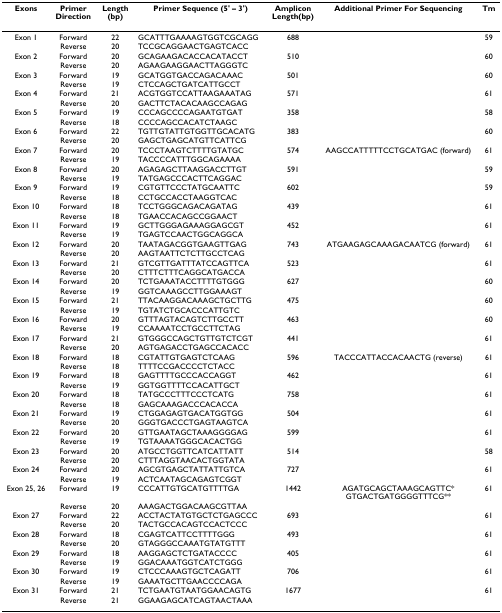
<table><thead><tr><td><b>Exons</b></td><td><b>Primer Direction</b></td><td><b>Length (bp)</b></td><td><b>Primer Sequence (5&#x27; – 3&#x27;)</b></td><td><b>Amplicon Length(bp)</b></td><td><b>Additional Primer For Sequencing</b></td><td><b>Tm</b></td></tr></thead><tbody><tr><td>Exon 1</td><td>Forward</td><td>22</td><td>GCATTTGAAAAGTGGTCGCAGG</td><td>688</td><td></td><td>59</td></tr><tr><td></td><td>Reverse</td><td>20</td><td>TCCGCAGGAACTGAGTCACC</td><td></td><td></td><td></td></tr><tr><td>Exon 2</td><td>Forward</td><td>20</td><td>GCAGAAGACACCACATACCT</td><td>510</td><td></td><td>60</td></tr><tr><td></td><td>Reverse</td><td>20</td><td>AGAAGAAGGAACTTAGGGTC</td><td></td><td></td><td></td></tr><tr><td>Exon 3</td><td>Forward</td><td>19</td><td>GCATGGTGACCAGACAAAC</td><td>501</td><td></td><td>60</td></tr><tr><td></td><td>Reverse</td><td>19</td><td>CTCCAGCTGATCATTGCCT</td><td></td><td></td><td></td></tr><tr><td>Exon 4</td><td>Forward</td><td>21</td><td>ACGTGGTCCATTAAGAAATAG</td><td>571</td><td></td><td>61</td></tr><tr><td></td><td>Reverse</td><td>20</td><td>GACTTCTACACAAGCCAGAG</td><td></td><td></td><td></td></tr><tr><td>Exon 5</td><td>Forward</td><td>19</td><td>CCCAGCCCCAGAATGTGAT</td><td>358</td><td></td><td>58</td></tr><tr><td></td><td>Reverse</td><td>18</td><td>CCCCAGCCACATCTAAGC</td><td></td><td></td><td></td></tr><tr><td>Exon 6</td><td>Forward</td><td>22</td><td>TGTTGTATTGTGGTTGCACATG</td><td>383</td><td></td><td>60</td></tr><tr><td></td><td>Reverse</td><td>20</td><td>GAGCTGAGCATGTTCATTCG</td><td></td><td></td><td></td></tr><tr><td>Exon 7</td><td>Forward</td><td>20</td><td>TCCCTAAGTCTTTTGTATGC</td><td>574</td><td>AAGCCATTTTTCCTGCATGAC (forward)</td><td>61</td></tr><tr><td></td><td>Reverse</td><td>19</td><td>TACCCCATTTGGCAGAAAA</td><td></td><td></td><td></td></tr><tr><td>Exon 8</td><td>Forward</td><td>20</td><td>AGAGAGCTTAAGGACCTTGT</td><td>591</td><td></td><td>59</td></tr><tr><td></td><td>Reverse</td><td>19</td><td>TATGAGCCCACTTCAGGAC</td><td></td><td></td><td></td></tr><tr><td>Exon 9</td><td>Forward</td><td>19</td><td>CGTGTTCCCTATGCAATTC</td><td>602</td><td></td><td>59</td></tr><tr><td></td><td>Reverse</td><td>18</td><td>CCTGCCACCTAAGGTCAC</td><td></td><td></td><td></td></tr><tr><td>Exon 10</td><td>Forward</td><td>18</td><td>TCCTGGGCAGACAGATAG</td><td>439</td><td></td><td>61</td></tr><tr><td></td><td>Reverse</td><td>18</td><td>TGAACCACAGCCGGAACT</td><td></td><td></td><td></td></tr><tr><td>Exon 11</td><td>Forward</td><td>19</td><td>GCTTGGGAGAAAGGAGCGT</td><td>452</td><td></td><td>61</td></tr><tr><td></td><td>Reverse</td><td>19</td><td>TGAGTCCAACTGGCAGGCA</td><td></td><td></td><td></td></tr><tr><td>Exon 12</td><td>Forward</td><td>20</td><td>TAATAGACGGTGAAGTTGAG</td><td>743</td><td>ATGAAGAGCAAAGACAATCG (forward)</td><td>61</td></tr><tr><td></td><td>Reverse</td><td>20</td><td>AAGTAATTCTCTTGCCTCAG</td><td></td><td></td><td></td></tr><tr><td>Exon 13</td><td>Forward</td><td>21</td><td>GTCGTTGATTTATCCAGTTCA</td><td>523</td><td></td><td>61</td></tr><tr><td></td><td>Reverse</td><td>20</td><td>CTTTCTTTCAGGCATGACCA</td><td></td><td></td><td></td></tr><tr><td>Exon 14</td><td>Forward</td><td>20</td><td>TCTGAAATACCTTTTGTGGG</td><td>627</td><td></td><td>60</td></tr><tr><td></td><td>Reverse</td><td>19</td><td>GGTCAAAGCCTTGGAAAGT</td><td></td><td></td><td></td></tr><tr><td>Exon 15</td><td>Forward</td><td>21</td><td>TTACAAGGACAAAGCTGCTTG</td><td>475</td><td></td><td>60</td></tr><tr><td></td><td>Reverse</td><td>19</td><td>TGTATCTGCACCCATTGTC</td><td></td><td></td><td></td></tr><tr><td>Exon 16</td><td>Forward</td><td>20</td><td>GTTTAGTACAGTCTTGCCTT</td><td>463</td><td></td><td>60</td></tr><tr><td></td><td>Reverse</td><td>19</td><td>CCAAAATCCTGCCTTCTAG</td><td></td><td></td><td></td></tr><tr><td>Exon 17</td><td>Forward</td><td>21</td><td>GTGGGCCAGCTGTTGTCTCGT</td><td>441</td><td></td><td>61</td></tr><tr><td></td><td>Reverse</td><td>20</td><td>AGTGAGACCTGAGCCACACC</td><td></td><td></td><td></td></tr><tr><td>Exon 18</td><td>Forward</td><td>18</td><td>CGTATTGTGAGTCTCAAG</td><td>596</td><td>TACCCATTACCACAACTG (reverse)</td><td>61</td></tr><tr><td></td><td>Reverse</td><td>18</td><td>TTTTCCGACCCCTCTACC</td><td></td><td></td><td></td></tr><tr><td>Exon 19</td><td>Forward</td><td>18</td><td>GAGTTTTGCCCACCAGGT</td><td>462</td><td></td><td>61</td></tr><tr><td></td><td>Reverse</td><td>19</td><td>GGTGGTTTTCCACATTGCT</td><td></td><td></td><td></td></tr><tr><td>Exon 20</td><td>Forward</td><td>18</td><td>TATGCCCTTTCCCTCATG</td><td>758</td><td></td><td>61</td></tr><tr><td></td><td>Reverse</td><td>18</td><td>GAGCAAAGACCCACACCA</td><td></td><td></td><td></td></tr><tr><td>Exon 21</td><td>Forward</td><td>19</td><td>CTGGAGAGTGACATGGTGG</td><td>504</td><td></td><td>61</td></tr><tr><td></td><td>Reverse</td><td>20</td><td>GGGTGACCCTGAGTAAGTCA</td><td></td><td></td><td></td></tr><tr><td>Exon 22</td><td>Forward</td><td>20</td><td>GTTGAATAGCTAAAGGGGAG</td><td>599</td><td></td><td>61</td></tr><tr><td></td><td>Reverse</td><td>19</td><td>TGTAAAATGGGCACACTGG</td><td></td><td></td><td></td></tr><tr><td>Exon 23</td><td>Forward</td><td>20</td><td>ATGCCTGGTTCATCATTATT</td><td>514</td><td></td><td>58</td></tr><tr><td></td><td>Reverse</td><td>20</td><td>CTTTAGGTAACACTGGTATA</td><td></td><td></td><td></td></tr><tr><td>Exon 24</td><td>Forward</td><td>20</td><td>AGCGTGAGCTATTATTGTCA</td><td>727</td><td></td><td>61</td></tr><tr><td></td><td>Reverse</td><td>19</td><td>ACTCAATAGCAGAGTCGGT</td><td></td><td></td><td></td></tr><tr><td>Exon 25, 26</td><td>Forward</td><td>19</td><td>CCCATTGTGCATGTTTTGA</td><td>1442</td><td>AGATGCAGCTAAAGCAGTTC*GTGACTGATGGGGTTTCG**</td><td>61</td></tr><tr><td></td><td>Reverse</td><td>20</td><td>AAAGACTGGACAAGCGTTAA</td><td></td><td></td><td></td></tr><tr><td>Exon 27</td><td>Forward</td><td>22</td><td>ACCTACTATGTGCTCTGAGCCC</td><td>693</td><td></td><td>61</td></tr><tr><td></td><td>Reverse</td><td>20</td><td>TACTGCCACAGTCCACTCCC</td><td></td><td></td><td></td></tr><tr><td>Exon 28</td><td>Forward</td><td>18</td><td>CGAGTCATTCCTTTTGGG</td><td>493</td><td></td><td>61</td></tr><tr><td></td><td>Reverse</td><td>20</td><td>GTAGGGCCAAATGTATGTTT</td><td></td><td></td><td></td></tr><tr><td>Exon 29</td><td>Forward</td><td>18</td><td>AAGGAGCTCTGATACCCC</td><td>405</td><td></td><td>61</td></tr><tr><td></td><td>Reverse</td><td>19</td><td>GGACAAATGGTCATCTGGG</td><td></td><td></td><td></td></tr><tr><td>Exon 30</td><td>Forward</td><td>19</td><td>CTCCCAAAGTGCTCAGATT</td><td>706</td><td></td><td>61</td></tr><tr><td></td><td>Reverse</td><td>19</td><td>GAAATGCTTGAACCCCAGA</td><td></td><td></td><td></td></tr><tr><td>Exon 31</td><td>Forward</td><td>21</td><td>TCTGAATGTAATGGAACAGTG</td><td>1677</td><td></td><td>61</td></tr><tr><td></td><td>Reverse</td><td>21</td><td>GGAAGAGCATCAGTAACTAAA</td><td></td><td></td><td></td></tr></tbody></table>